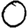
Digit: 0